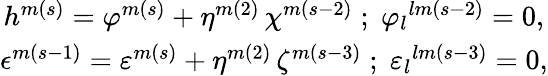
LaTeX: \begin{array}{c}{{h^{m(s)}=\varphi^{m(s)}+\eta^{m(2)}\, \chi^{m(s-2)}\; ;\; {\varphi_{l}}^{lm(s-2)}=0,}}\\ {{\epsilon^{m(s-1)}=\varepsilon^{m(s)}+\eta^{m(2)}\, \zeta^{m(s-3)}\; ;\; {\varepsilon_{l}}^{lm(s-3)}=0,}}\end{array}